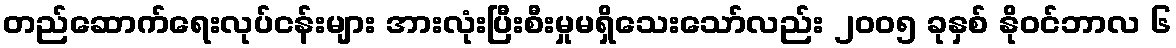
တည်ဆောက်ရေးလုပ်ငန်းများ အားလုံးပြီးစီးမှုမရှိသေးသော်လည်း ၂၀၀၅ ခုနှစ် နိုဝင်ဘာလ ၆